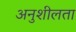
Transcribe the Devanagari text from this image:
अनुशीलता